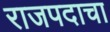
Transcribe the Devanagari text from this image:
राजपदाचा